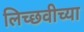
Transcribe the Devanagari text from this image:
लिच्छवीच्या